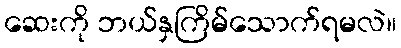
ဆေးကို ဘယ်နှကြိမ်သောက်ရမလဲ။